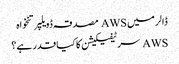
ڈالر میں AWS مصدقہ ڈویلپر تنخواہ
AWS سرٹیفیکیشن کا کیا قدر ہے؟